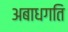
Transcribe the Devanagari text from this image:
अबाधगति